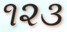
૧૨૩